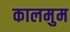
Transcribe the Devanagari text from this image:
कालमुम